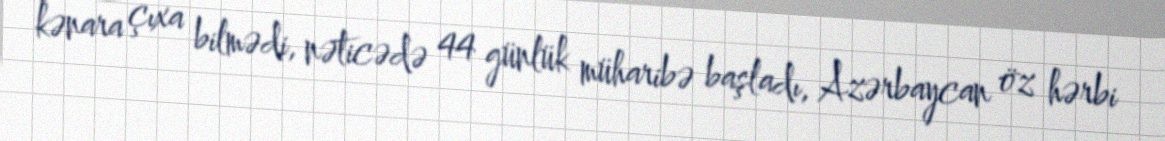
kənara çıxa bilmədi, nəticədə 44 günlük müharibə başladı, Azərbaycan öz hərbi